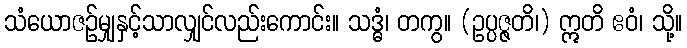
သံယောဇဉ်မျှနှင့်သာလျှင်လည်းကောင်း။ သဒ္ဓံ၊ တကွ။ (ဥပ္ပဇ္ဇတိ၊) ဣတိ ဧဝံ၊ သို့။